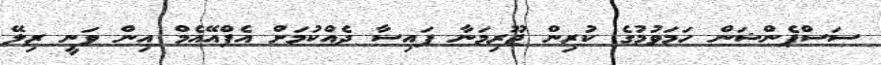
ސަސްޕެންޝަން ހަމަވުމުގެ ކުރިން ޖޫރިމަނާ ފައިސާ ދެއްކުމަށް އެފްއޭއެމް އިން ވަނީ ރިލޭ